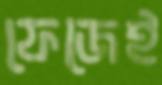
ফেজেই